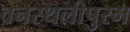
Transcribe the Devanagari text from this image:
वनस्थलीपुरम